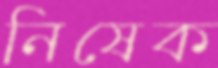
নিষেক